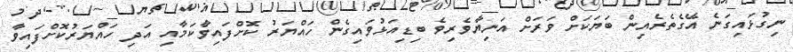
ނިގުޅައިގަނެ އޭގެތެރެއިން ބަޔަކަށް ވަރަށް އަނިޔާވެރިވެ ބިޑިއަޅުވައިގެން ހައްޔަރު ކޮށްފައިވާކަމާއި އަދި ހައްޔަރުކޮށްފައިވާ